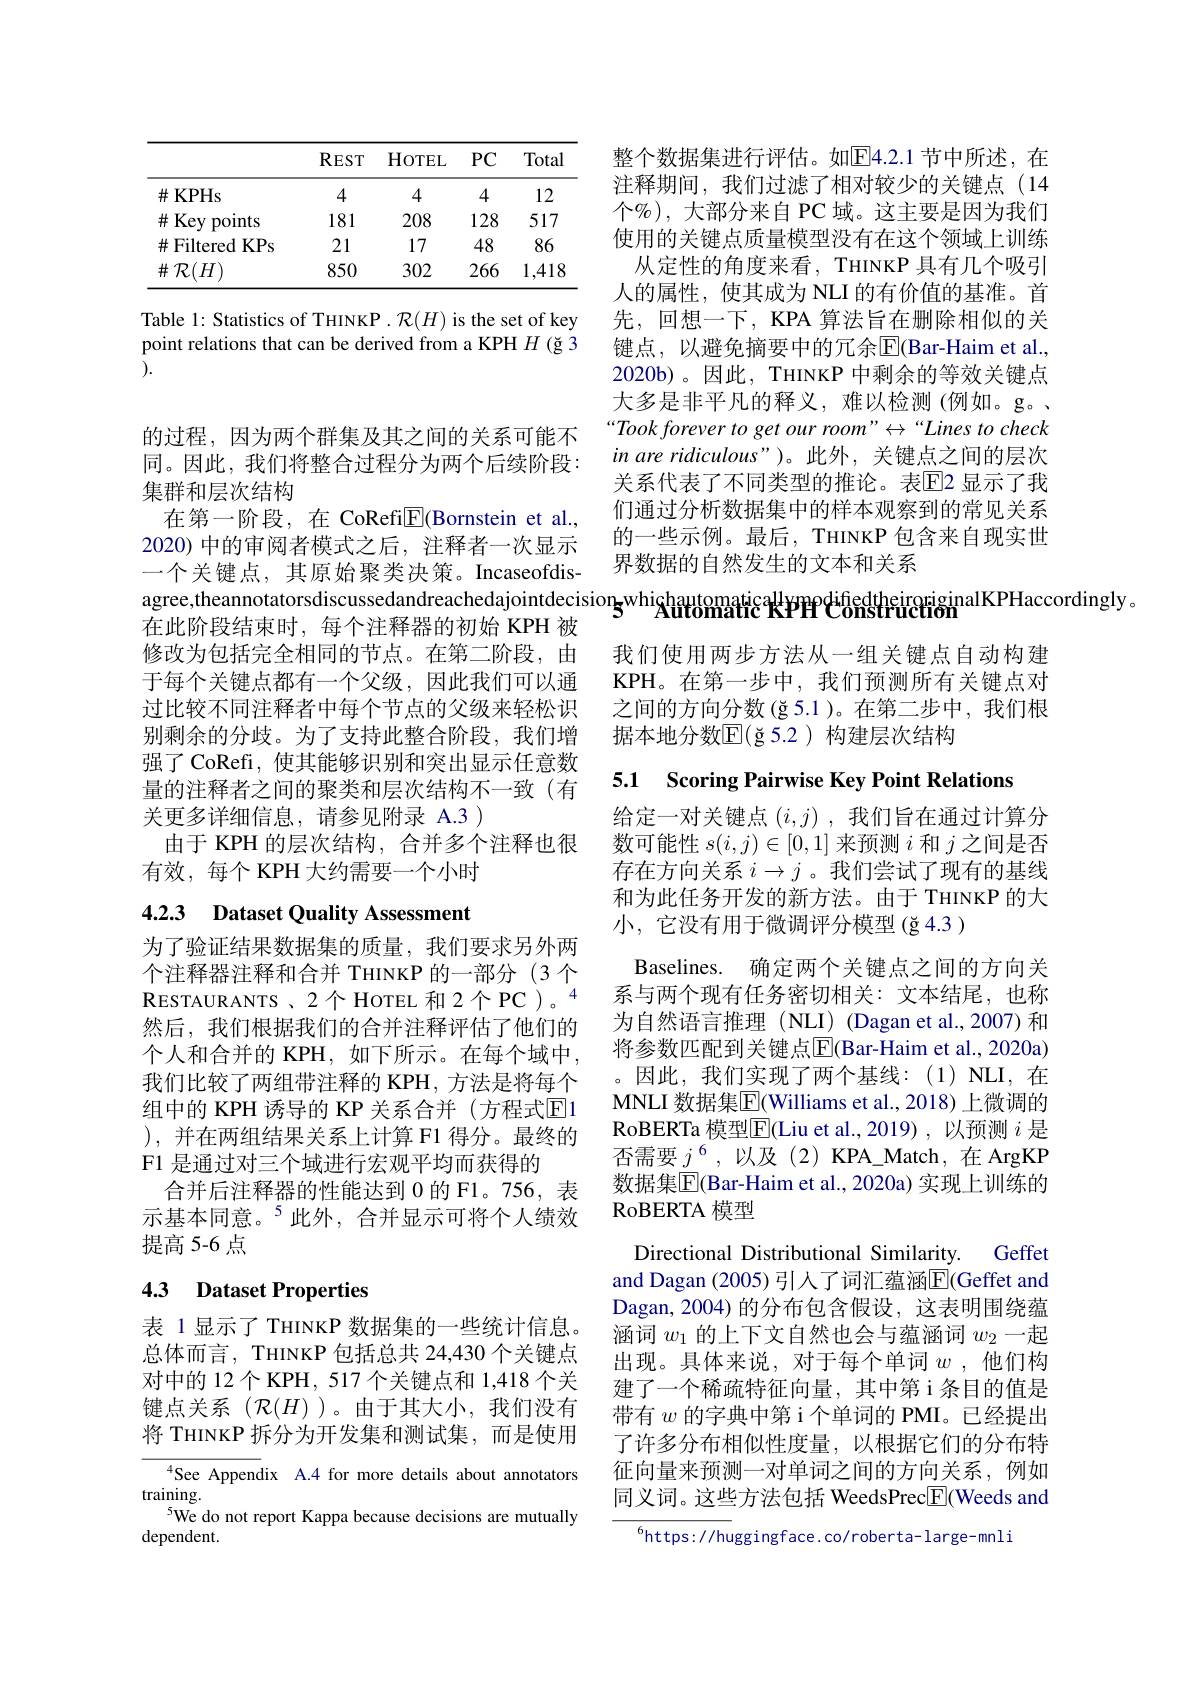
<table>
	<tbody>
		<tr>
			<th> </th>
			<th>$REST$</th>
			<th>HoTEL</th>
			<th>$PC$</th>
			<th>Total</th>
		</tr>
		<tr>
			<td>$\#$KPHs</td>
			<td>4</td>
			<td>4</td>
			<td>4</td>
			<td>12</td>
		</tr>
		<tr>
			<td>井 Key points</td>
			<td>181</td>
			<td>208</td>
			<td>128</td>
			<td>517</td>
		</tr>
		<tr>
			<td>FilteredKPs $\#$I</td>
			<td>21</td>
			<td>17</td>
			<td>48</td>
			<td>86</td>
		</tr>
		<tr>
			<td>$\#\mathcal{R}(H)$</td>
			<td>850</td>
			<td>302</td>
			<td>266</td>
			<td>1,418</td>
		</tr>
	</tbody>
</table>

Table 1: Statistics of THINKP. $\mathcal{R}(H)$ is the set of key point relations that can be derived from a KPH $H$ (ğ 3 ).

的过程，因为两个群集及其之间的关系可能不同。因此，我们将整合过程分为两个后续阶段： 集群和层次结构
在第一阶段，在 CoRefi$\underline{\mathrm{E}}$(Bornstein et al., 2020) 中的审阅者模式之后，注释者一次显示一个关键点，其原始聚类决策。Incaseofdis修改为包括完全相同的节点。在第二阶段，由于每个关键点都有一个父级，因此我们可以通过比较不同注释者中每个节点的父级来轻松识别剩余的分歧。为了支持此整合阶段，我们增强了 CoRefi, 使其能够识别和突出显示任意数量的注释者之间的聚类和层次结构不一致(有关更多详细信息，请参见附录 A.3 )
由于 KPH 的层次结构，合并多个注释也很
有效，每个 KPH 大约需要一个小时

## 4.2.3 Dataset Quality Assessment

为了验证结果数据集的质量，我们要求另外两个注释器注释和合并 THINKP 的一部分(3 个RESTAURANTS 、2个 HOTEL 和 2个 PC )。4然后，我们根据我们的合并注释评估了他们的个人和合并的 KPH, 如下所示。在每个域中， 我们比较了两组带注释的 KPH, 方法是将每个组中的 KPH 诱导的 KP 关系合并 (方程式$\overline{\mathrm{E}}$1 ),并在两组结果关系上计算 F1 得分。最终的F1 是通过对三个域进行宏观平均而获得的
合并后注释器的性能达到 0 的 F1。756, 表示基本同意。$^{5}$此外，合并显示可将个人绩效提高 5-6 点

# 4.3 Dataset Properties

表 1显示了 THINKP 数据集的一些统计信息。总体而言，THINKP 包括总共 24,430 个关键点对中的 12个 KPH, 517 个关键点和 1,418 个关键点关系($\mathcal{R}(H)$)。由于其大小，我们没有将 THINKP 拆分为开发集和测试集，而是使用

${}^{4}$See Appendix A.4 for more details about annotators
training.
$^{5}$We do not report Kappa because decisions are mutually
dependent.

整个数据集进行评估。如$\overline{\mathrm{E}}4.2.1$ 节中所述，在注释期间，我们过滤了相对较少的关键点(14个$\mathscr{O}_0)$, 大部分来自 PC 域。这主要是因为我们使用的关键点质量模型没有在这个领域上训练
从定性的角度来看，THINKP 具有几个吸引人的属性，使其成为 NLI 的有价值的基准。首先，回想一下，KPA 算法旨在删除相似的关键点，以避免摘要中的冗余$\overline{\mathrm{E}}($Bar-Haim et al., 2020b)。因此，THINKP 中剩余的等效关键点大多是非平凡的释义，难以检测(例如。g。“Took forever to get our room” ' ' Lines to check in are ridiculous")。此外，关键点之间的层次关系代表了不同类型的推论。表$\overline{\mathrm{E}}$2 显示了我们通过分析数据集中的样本观察到的常见关系的一些示例。最后，THINKP 包含来自现实世界数据的自然发生的文本和关系

agree, theannotatorsdiscussedandreachedajointdecision$\mathbf{5^\mathrm{whi}} \mathbf{A} ^\mathrm{hatomatic}\mathbf{k} \mathbf{P} \mathbf{P} \mathbf{P} ^\mathrm{difiedtheiroginalKP}$Haccordingly。在 此 阶 段 结 束 时 , 每 个 注 释 器 的 初 始 KPH 被

我们使用两步方法从一组关键点自动构建KPH。在第一步中，我们预测所有关键点对之间的方向分数(ğ5.1)。在第二步中，我们根据本地分数$\mathbb{E}($ğ 5.2)构建层次结构

5.1 Scoring Pairwise Key Point Relations

给定一对关键点$(i,j)$ ,我们旨在通过计算分数可能性$s(i,j)\in[0,1]$来预测$i$和$j$之间是否存在方向关系$i\to j$ 。我们尝试了现有的基线和为此任务开发的新方法。由于 THINKP 的大小，它没有用于微调评分模型 (ğ 4.3 )
Baselines. 确定两个关键点之间的方向关系与两个现有任务密切相关：文本结尾，也称为自然语言推理(NLI) (Dagan et al.,2007) 和将参数匹配到关键点$\overline{\mathrm{E}}$(Bar-Haim et al., 2020a) 。因此，我们实现了两个基线：(1)NLI,在MNLI 数据集$\overline{\mathrm{E}}($Williams et al., 2018) 上微调的RoBERTa 模型$\overline{\mathrm{E}}$(Liu et al.,2019),以预测 $i$ 是否需要$\underline{j}^6$,以及(2)KPA\_Match,在 ArgKP 数据集$\overline{\mathbb{E}}($Bar-Haim et al., 2020a) 实现上训练的RoBERTA 模 型
Directional Distributional Similarity. Geffet and Dagan (2005)引人了词汇蕴涵$\overline{\mathrm{E}}($Geffet and Dagan, 2004) 的分布包含假设，这表明围绕蕴涵词$w_1$的上下文自然也会与蕴涵词$w_2$一起出现。具体来说，对于每个单词$w$ ,他们构建了一个稀疏特征向量，其中第 i 条目的值是带有$w$的字典中第 i 个单词的 PMI。已经提出了许多分布相似性度量，以根据它们的分布特征向量来预测一对单词之间的方向关系，例如同义词。这些方法包括 WeedsPrec$\underline{\mathrm{E}}($Weeds and
$^{6}$https://huggingface.co/roberta-large-mnli